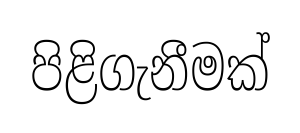
පිළිගැනීමක්